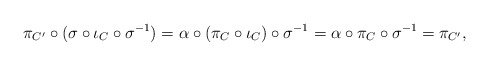
\begin{align*}\pi_{C'} \circ (\sigma \circ \iota_C \circ \sigma^{-1}) = \alpha \circ (\pi_{C} \circ \iota_C) \circ \sigma^{-1} = \alpha \circ \pi_{C} \circ \sigma^{-1} = \pi_{C'},\end{align*}